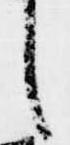
し